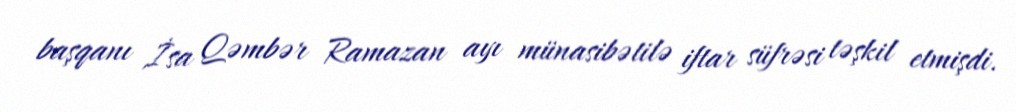
başqanı İsa Qəmbər Ramazan ayı münasibətilə iftar süfrəsi təşkil etmişdi.